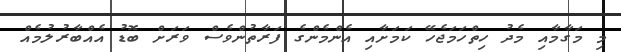
މި މަގާމާއި މެދު ހިތްހަމަޖެހޭ ކަމަށާއި އެންމެންގެ ފަރާތުންވެސް ވަރަށް ބޮޑު އެއްބާރުލުމެއް